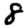
Digit: 8